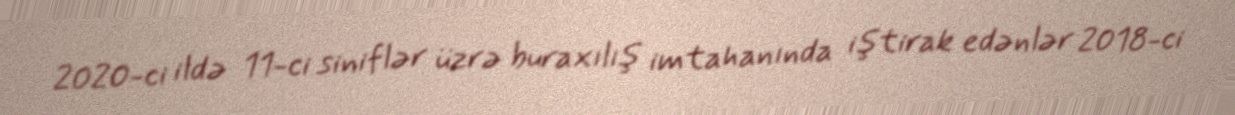
2020-ci ildə 11-ci siniflər üzrə buraxılış imtahanında iştirak edənlər 2018-ci